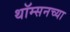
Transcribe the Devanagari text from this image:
थॉम्सनच्या